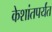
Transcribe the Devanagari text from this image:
केशांतपर्यंत